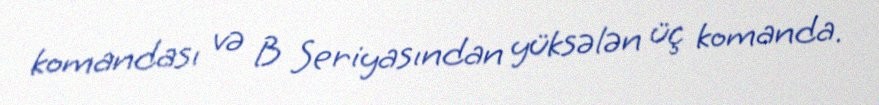
komandası və B Seriyasından yüksələn üç komanda.